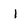
Character: l